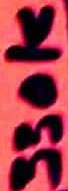
Text: 330K